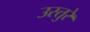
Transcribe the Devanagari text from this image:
उस्तुरे